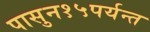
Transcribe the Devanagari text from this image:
पासुन१५पर्यन्त